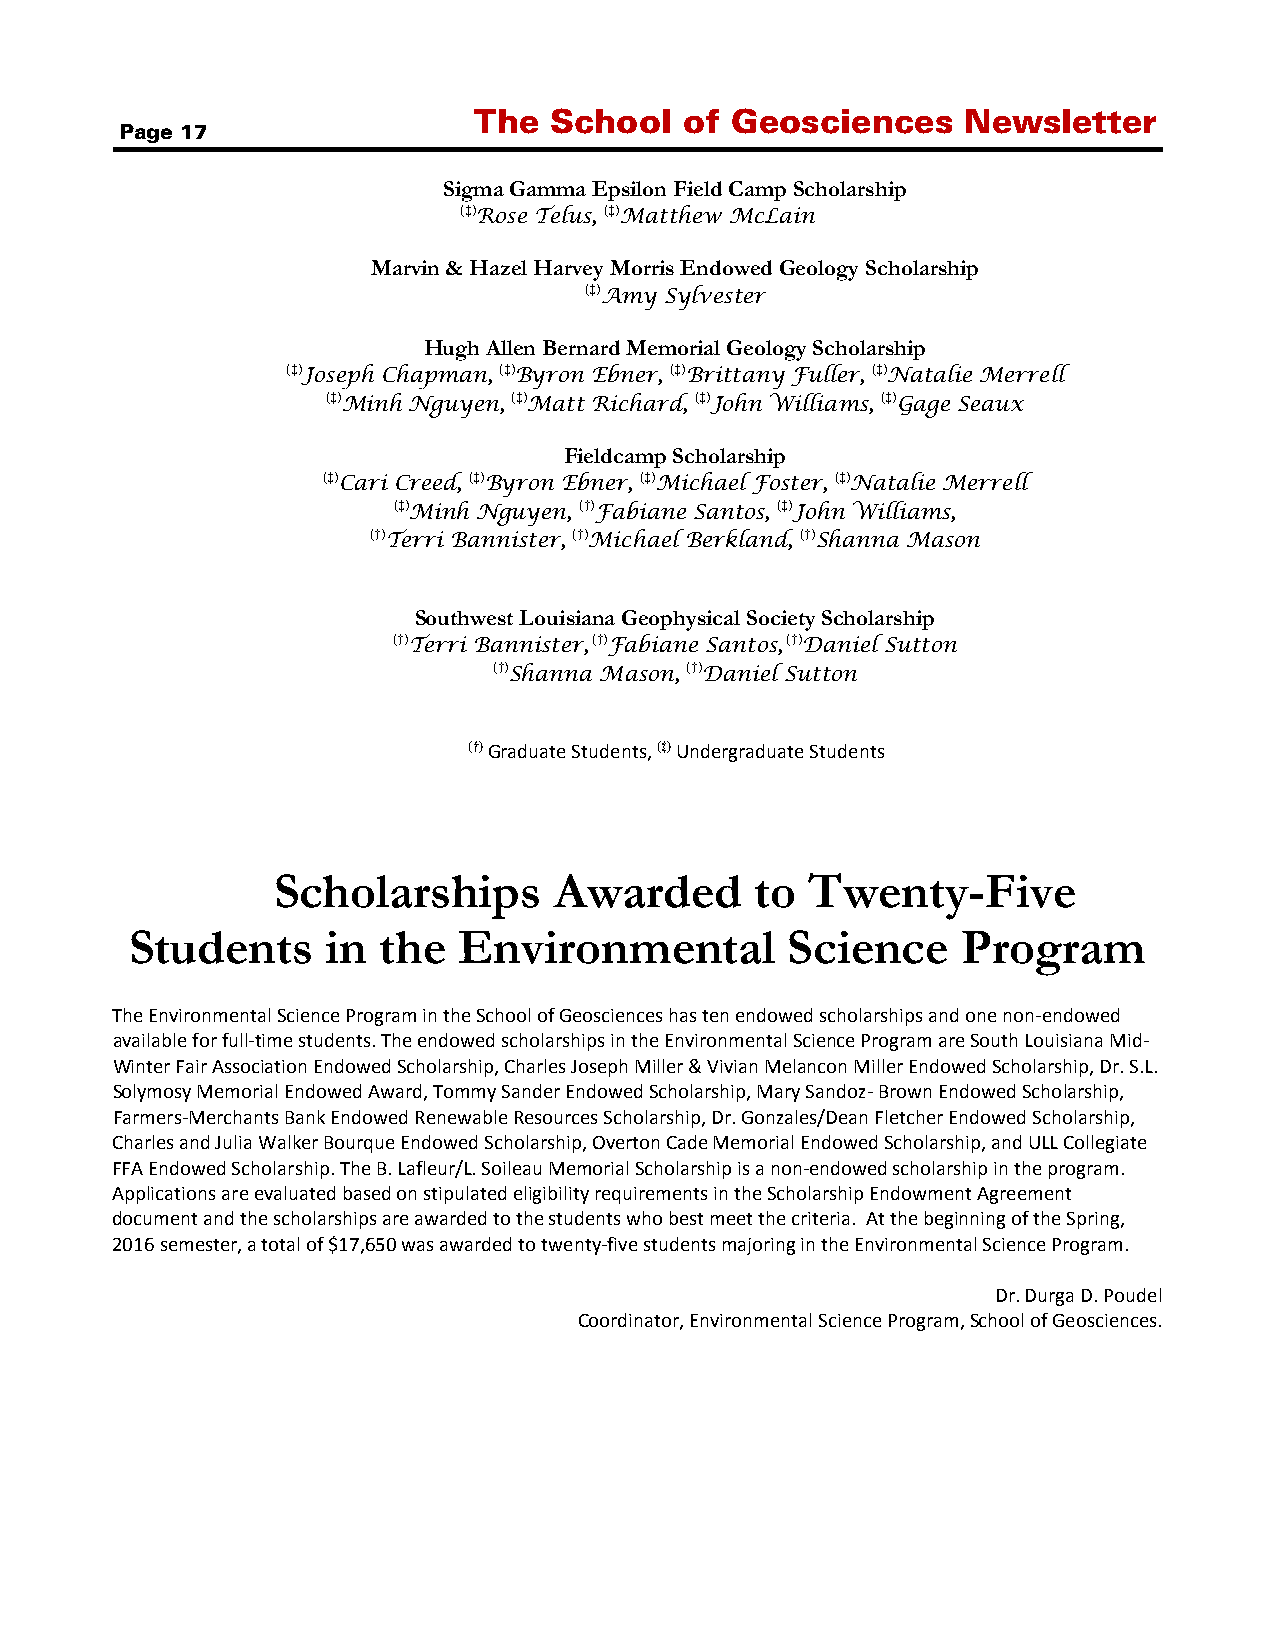
The  School   of Geosciences     Newsletter
 Page 17
 Sigma Gamma Epsilon Field Camp Scholarship
 (‡)Rose Telus, (‡)Matthew McLain
 Marvin & Hazel Harvey Morris Endowed Geology Scholarship
 (‡)Amy Sylvester
 Hugh Allen Bernard Memorial Geology Scholarship
 (‡)Joseph Chapman, (‡)Byron Ebner, (‡)Brittany Fuller, (‡)Natalie Merrell
 (‡)Minh Nguyen, (‡)Matt Richard, (‡)John Williams, (‡)Gage Seaux
 Fieldcamp Scholarship
 (‡)Cari Creed, (‡)Byron Ebner, (‡)Michael Foster, (‡)Natalie Merrell
 (‡)Minh Nguyen, (†)Fabiane Santos, (‡)John Williams,
 (†)Terri Bannister, (†)Michael Berkland, (†)Shanna Mason
 Southwest Louisiana Geophysical Society Scholarship
 (†)Terri Bannister, (†)Fabiane Santos, (†)Daniel Sutton
 (†)Shanna Mason, (†)Daniel Sutton
 (†) Graduate Students, (‡) Undergraduate Students
 Scholarships       Awarded      to  Twenty-Five
 Students     in the  Environmental         Science     Program
 The Environmental Science Program in the School of Geosciences has ten endowed scholarships and one non-endowed
 available for full-time students. The endowed scholarships in the Environmental Science Program are South Louisiana Mid-
 Winter Fair Association Endowed Scholarship, Charles Joseph Miller & Vivian Melancon Miller Endowed Scholarship, Dr. S.L.
 Solymosy Memorial Endowed Award, Tommy Sander Endowed Scholarship, Mary Sandoz- Brown Endowed Scholarship,
 Farmers-Merchants Bank Endowed Renewable Resources Scholarship, Dr. Gonzales/Dean Fletcher Endowed Scholarship,
 Charles and Julia Walker Bourque Endowed Scholarship, Overton Cade Memorial Endowed Scholarship, and ULL Collegiate
 FFA Endowed Scholarship. The B. Lafleur/L. Soileau Memorial Scholarship is a non-endowed scholarship in the program.
 Applications are evaluated based on stipulated eligibility requirements in the Scholarship Endowment Agreement
 document and the scholarships are awarded to the students who best meet the criteria. At the beginning of the Spring,
 2016 semester, a total of $17,650 was awarded to twenty-five students majoring in the Environmental Science Program.
 Dr. Durga D. Poudel
 Coordinator, Environmental Science Program, School of Geosciences.